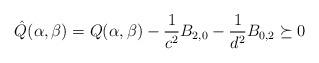
LaTeX: \begin{align*}\hat{Q}(\alpha,\beta)=Q(\alpha,\beta)-\frac{1}{c^2}B_{2,0}-\frac{1}{d^2}B_{0,2}\succeq 0\end{align*}